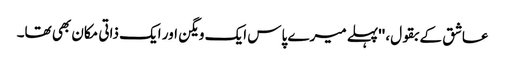
عاشق کے بقول، ''پہلے میرے پاس ایک ویگن اور ایک ذاتی مکان بھی تھا۔